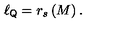
\ell _ { { \sf Q } } = r _ { s } \left( M \right) .